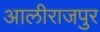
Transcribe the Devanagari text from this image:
आलीराजपुर